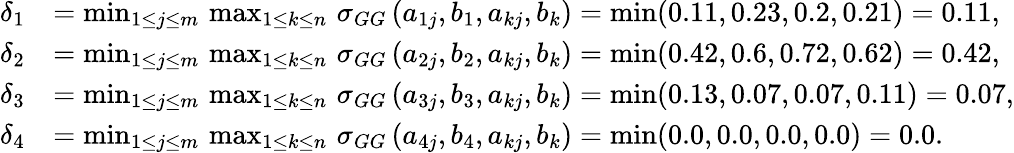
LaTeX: \begin{array}{rl}{\delta_{1}}&{=\operatorname*{min}_{1\leq j\leq m}\, \operatorname*{max}_{1\leq k\leq n}\, \sigma_{GG}\, (a_{1j},b_{1},a_{kj},b_{k})=\operatorname*{min}(0.11,0.23,0.2,0.21)=0.11,}\\ {\delta_{2}}&{=\operatorname*{min}_{1\leq j\leq m}\, \operatorname*{max}_{1\leq k\leq n}\, \sigma_{GG}\, (a_{2j},b_{2},a_{kj},b_{k})=\operatorname*{min}(0.42,0.6,0.72,0.62)=0.42,}\\ {\delta_{3}}&{=\operatorname*{min}_{1\leq j\leq m}\, \operatorname*{max}_{1\leq k\leq n}\, \sigma_{GG}\, (a_{3j},b_{3},a_{kj},b_{k})=\operatorname*{min}(0.13,0.07,0.07,0.11)=0.07,}\\ {\delta_{4}}&{=\operatorname*{min}_{1\leq j\leq m}\, \operatorname*{max}_{1\leq k\leq n}\, \sigma_{GG}\, (a_{4j},b_{4},a_{kj},b_{k})=\operatorname*{min}(0.0,0.0,0.0,0.0)=0.0.}\end{array}